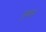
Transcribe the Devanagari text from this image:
गुथानी